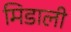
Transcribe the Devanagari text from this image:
मिडाली